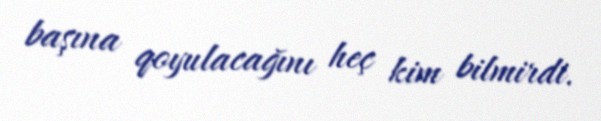
başına qoyulacağını heç kim bilmirdi.